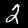
Label: 2